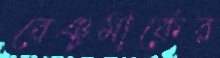
বেঞ্চমার্কের